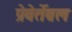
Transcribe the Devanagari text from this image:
प्रेवेर्तेब्रल